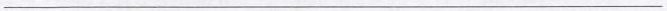
___